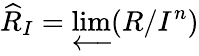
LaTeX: {\widehat{R}}_{I}=\varprojlim(R/I^{n})